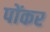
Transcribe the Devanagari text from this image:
पोंकर